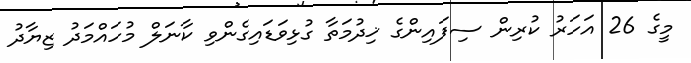
މީގެ 26 އަހަރު ކުރިން ސިފައިންގެ ޚިދުމަތާ ގުޅިވަޑައިގެންވި ކާނަލް މުހައްމަދު ޒިޔާދު